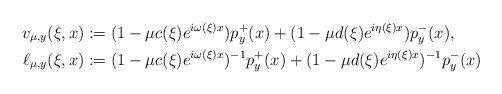
LaTeX: \begin{align*}v_{\mu,y}(\xi,x) &:=(1-\mu c(\xi)e^{i\omega(\xi)x})p_y^+(x)+(1-\mu d(\xi)e^{i\eta(\xi)x})p_y^-(x),\\\ell_{\mu,y}(\xi,x) &:=(1-\mu c(\xi)e^{i\omega(\xi)x})^{-1}p_y^+(x)+(1-\mu d(\xi)e^{i\eta(\xi)x})^{-1}p_y^-(x)\end{align*}